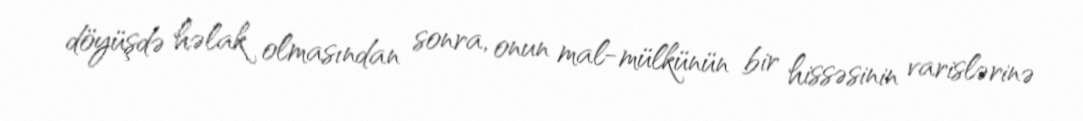
döyüşdə həlak olmasından sonra, onun mal-mülkünün bir hissəsinin varislərinə